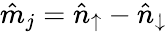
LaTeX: \hat{m}_{j}=\hat{n}_{\uparrow}-\hat{n}_{\downarrow}